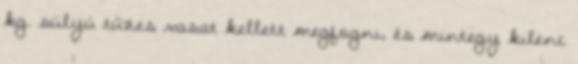
kg. súlyú tüzes vasat kellett megfogni, és mintegy kilenc